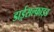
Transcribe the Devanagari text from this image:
डाईसल्फ़ाइड